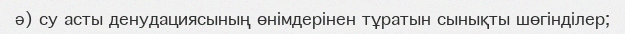
ә) су асты денудациясының өнімдерінен тұратын сынықты шөгінділер;